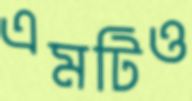
এমটিও